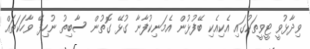
ވިދާޅުވީ ޓީވީތަކުގައި އެކިއެކި ބޭފުޅުން އެމަނިކުފާނާ ގުޅޭ ގޮތުން ސާބިތު ނުހިފޭ ވާހަކަތައް